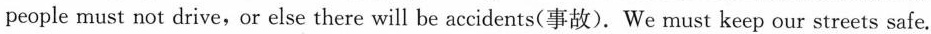
people must not drive,or else there will be accidents(事故).We must keep our streets safe.